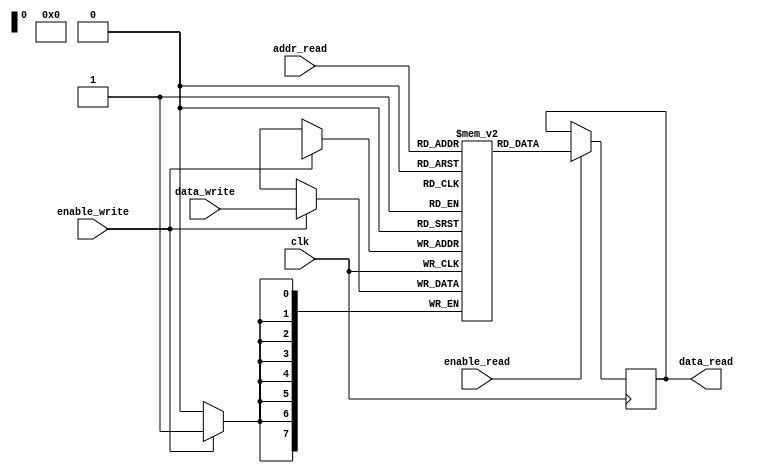
module DualPortRAM(
    input wire clk,
    input wire [7:0] addr_read,
    input wire [7:0] data_write,
    input wire enable_read,
    input wire enable_write,
    output reg [7:0] data_read
);

reg [7:0] mem [0:255]; // 256x8 memory block

always @(posedge clk) begin
    if(enable_read) begin
        data_read <= mem[addr_read];
    end
    
    if(enable_write) begin
        mem[addr_write] <= data_write;
    end
end

endmodule